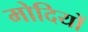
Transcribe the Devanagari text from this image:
मोदियों